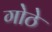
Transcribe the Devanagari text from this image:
गोठे